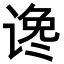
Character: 谗